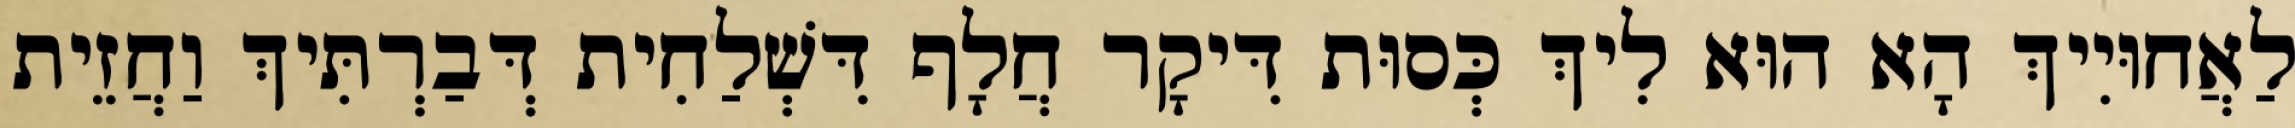
לַאֲחוּיִיךְ הָא הוּא לִיךְ כְּסוּת דִּיקָר חֲלָף דִּשְׁלַחִית דְּבַרְתִּיךְ וַחֲזֵית